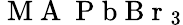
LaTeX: \mathrm{~M~A~}\mathrm{~P~b~B~r~}_{3}